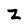
Character: Z